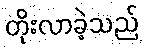
တိုးလာခဲ့သည်